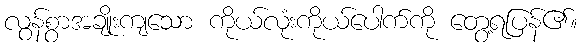
လွန်စွာအချိုးကျသော ကိုယ်လုံးကိုယ်ပေါက်ကို တွေ့ရပြန်၏။